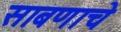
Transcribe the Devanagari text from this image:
साबणाचे